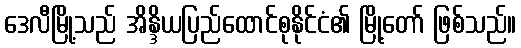
ဒေလီမြို့သည် အိန္ဒိယပြည်ထောင်စုနိုင်ငံ၏ မြို့တော် ဖြစ်သည်။